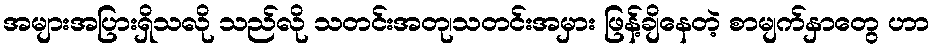
အများအပြားရှိသလို သည်လို သတင်းအတု၊သတင်းအမှား ဖြန့်ချိနေတဲ့ စာမျက်နှာတွေ ဟာ